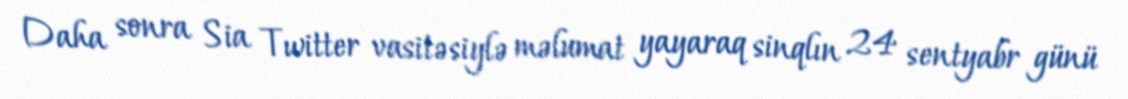
Daha sonra Sia Twitter vasitəsiylə məlumat yayaraq sinqlın 24 sentyabr günü